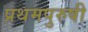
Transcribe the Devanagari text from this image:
प्रथमपुरुषी